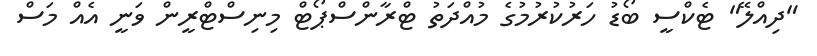
"ދިއްލޭ" ޓެކްސީ ބޯޑު ހަރުކުރުމުގެ މުއްދަތު ޓްރާންސްޕޯޓް މިނިސްޓްރީން ވަނީ އެއް މަސް